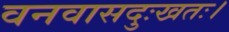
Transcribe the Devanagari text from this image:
वनवासदुःखतः।